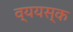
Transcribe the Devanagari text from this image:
व्ययस्क